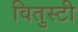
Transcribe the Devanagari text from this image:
वितुस्टी